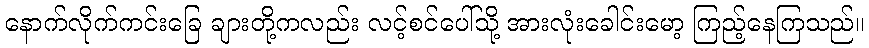
နောက်လိုက်ကင်းခြေ ချားတို့ကလည်း လင့်စင်ပေါ်သို့ အားလုံးခေါင်းမော့ ကြည့်နေကြသည်။